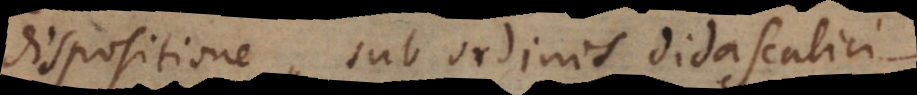
dispositione, sub ordinis didascalici